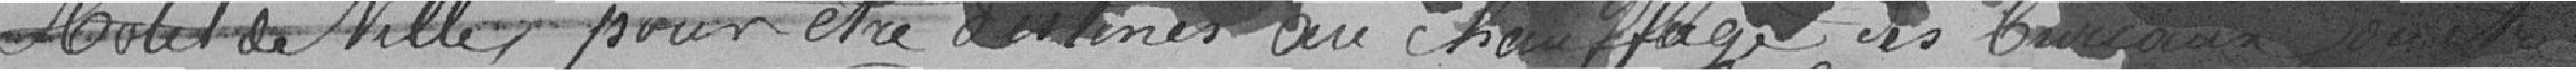
l'Hôtel de Ville pour être destinés au chauffage des bureaux ou être